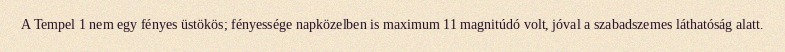
A Tempel 1 nem egy fényes üstökös; fényessége napközelben is maximum 11 magnitúdó volt, jóval a szabadszemes láthatóság alatt.